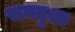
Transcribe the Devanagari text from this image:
समदृश्य